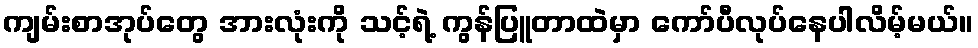
ကျမ်းစာအုပ်တွေ အားလုံးကို သင့်ရဲ့ ကွန်ပြူတာထဲမှာ ကော်ပီလုပ်နေပါလိမ့်မယ်။